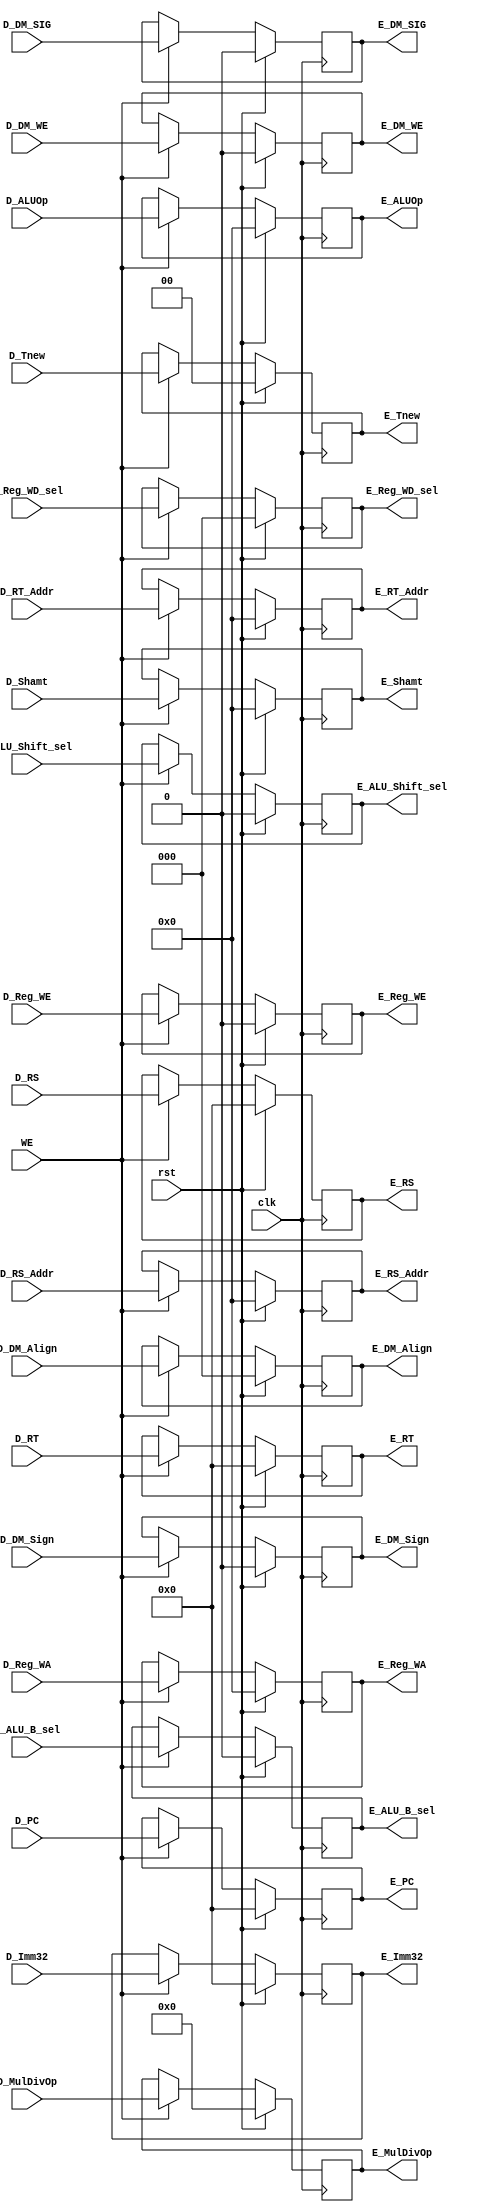
module E_Reg (
    input wire clk,
    input wire rst,
    input wire WE,

    input wire [31:0] D_PC,
    input wire [1:0] D_Tnew,

    input wire [4:0] D_RS_Addr,
    input wire [31:0] D_RS,
    input wire [31:0] D_Imm32,
    input wire [4:0] D_Shamt,
    input wire D_ALU_B_sel,
    input wire D_ALU_Shift_sel,
    input wire [4:0] D_ALUOp,
    input wire [3:0] D_MulDivOp,

    input wire [4:0] D_RT_Addr,
    input wire [31:0] D_RT,
    input wire D_DM_WE,
    input wire [2:0] D_DM_Align,
    input wire D_DM_Sign,
    input wire D_DM_SIG,

    input wire D_Reg_WE,
    input wire [4:0] D_Reg_WA,
    input wire [2:0] D_Reg_WD_sel,

    output reg [31:0] E_PC,
    output reg [1:0] E_Tnew,

    output reg [4:0] E_RS_Addr,
    output reg [31:0] E_RS,
    output reg [31:0] E_Imm32,
    output reg [4:0] E_Shamt,
    output reg E_ALU_B_sel,
    output reg E_ALU_Shift_sel,
    output reg [4:0] E_ALUOp,
    output reg [3:0] E_MulDivOp,

    output reg [4:0] E_RT_Addr,
    output reg [31:0] E_RT,
    output reg E_DM_WE,
    output reg [2:0] E_DM_Align,
    output reg E_DM_Sign,
    output reg E_DM_SIG,

    output reg E_Reg_WE,
    output reg [4:0] E_Reg_WA,
    output reg [2:0] E_Reg_WD_sel
);
    always @(posedge clk) begin
        if (rst) begin 
            E_PC <= 0;
            E_Tnew <= 0;
            E_RS_Addr <= 0;
            E_RS <= 0;
            E_Imm32 <= 0;
            E_Shamt <= 0;
            E_ALU_B_sel <= 0;
            E_ALU_Shift_sel <= 0;
            E_ALUOp <= 0;
            E_MulDivOp <= 0;
            E_RT_Addr <= 0;
            E_RT <= 0;
            E_DM_WE <= 0;
            E_DM_Align <= 0;
            E_DM_Sign <= 0;
            E_DM_SIG <= 0;
            E_Reg_WE <= 0;
            E_Reg_WA <= 0;
            E_Reg_WD_sel <= 0;
        end
        else if (WE) begin
            E_PC <= D_PC;
            E_Tnew <= D_Tnew;
            E_RS_Addr <= D_RS_Addr;
            E_RS <= D_RS;
            E_Imm32 <= D_Imm32;
            E_Shamt <= D_Shamt;
            E_ALU_B_sel <= D_ALU_B_sel;
            E_ALU_Shift_sel <= D_ALU_Shift_sel;
            E_ALUOp <= D_ALUOp;
            E_MulDivOp <= D_MulDivOp;
            E_RT_Addr <= D_RT_Addr;
            E_RT <= D_RT;
            E_DM_WE <= D_DM_WE;
            E_DM_Align <= D_DM_Align;
            E_DM_Sign <= D_DM_Sign;
            E_DM_SIG <= D_DM_SIG;
            E_Reg_WE <= D_Reg_WE;
            E_Reg_WA <= D_Reg_WA;
            E_Reg_WD_sel <= D_Reg_WD_sel;
        end
    end  
endmodule